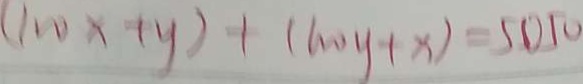
( 1 0 0 x + y ) + ( 1 0 0 y + x ) = 5 0 5 0